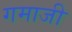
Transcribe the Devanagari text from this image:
गमाजी